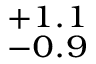
^ { + 1 . 1 } _ { - 0 . 9 }